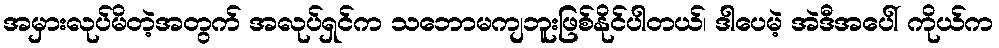
အမှားလုပ်မိတဲ့အတွက် အလုပ်ရှင်က သဘောမကျဘူးဖြစ်နိုင်ပါတယ်၊ ဒါပေမဲ့ အဲဒီအပေါ် ကိုယ်က